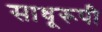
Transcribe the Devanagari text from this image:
साधूरूपी